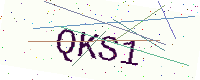
Text: QKS1